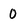
Character: 0